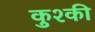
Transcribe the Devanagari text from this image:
कुश्की